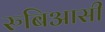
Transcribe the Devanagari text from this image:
रुबिआसी